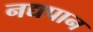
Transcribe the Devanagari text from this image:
नद्यपान